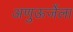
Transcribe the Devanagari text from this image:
अणुऊर्जेला